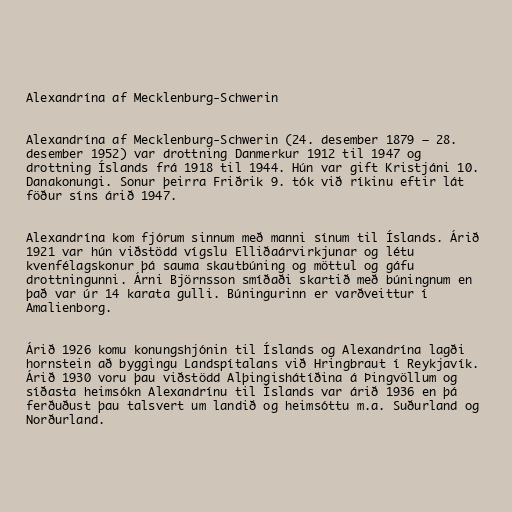
Alexandrína af Mecklenburg-Schwerin

Alexandrína af Mecklenburg-Schwerin (24. desember 1879 – 28.
desember 1952) var drottning Danmerkur 1912 til 1947 og
drottning Íslands frá 1918 til 1944. Hún var gift Kristjáni 10.
Danakonungi. Sonur þeirra Friðrik 9. tók við ríkinu eftir lát
föður síns árið 1947.

Alexandrína kom fjórum sinnum með manni sínum til Íslands. Árið
1921 var hún viðstödd vígslu Elliðaárvirkjunar og létu
kvenfélagskonur þá sauma skautbúning og möttul og gáfu
drottningunni. Árni Björnsson smíðaði skartið með búningnum en
það var úr 14 karata gulli. Búningurinn er varðveittur í
Amalienborg.

Árið 1926 komu konungshjónin til Íslands og Alexandrína lagði
hornstein að byggingu Landspítalans við Hringbraut í Reykjavík.
Árið 1930 voru þau viðstödd Alþingishátíðina á Þingvöllum og
síðasta heimsókn Alexandrínu til Íslands var árið 1936 en þá
ferðuðust þau talsvert um landið og heimsóttu m.a. Suðurland og
Norðurland.